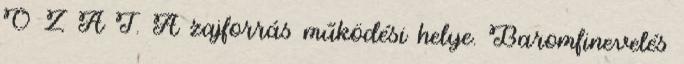
O Z A T. A zajforrás működési helye. Baromfinevelés